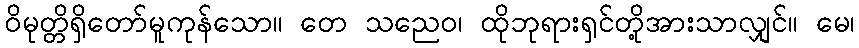
ဝိမုတ္တိရှိတော်မူကုန်သော။ တေ သညေဝ၊ ထိုဘုရားရှင်တို့အားသာလျှင်။ မေ၊